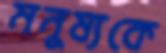
মনুষ্যকে